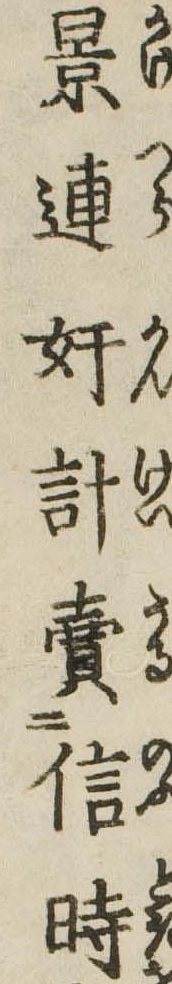
景連奸計売信時